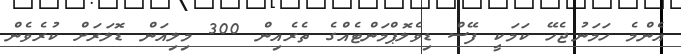
އެންމެ ހަމަނުޖެހޭ ކަމަކީ ފޭސް ޑިވެލޮޕްމަންޓެއްގެ ތެރެއިން 300 މިލިއަން ޑޮލަރަށް ކުރެވެން